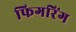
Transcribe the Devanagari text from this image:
फिगरिंग